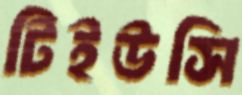
টিইউসি